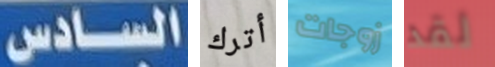
السادس أترك زوجات لقد